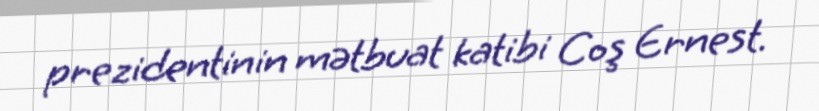
prezidentinin mətbuat katibi Coş Ernest.